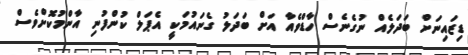
ޑިޒައިނަށް ބަދަލެއް ނުގެނެސް ހާޑްވެއާ އަށް ބަދަލު ގެނައުމަކީ އެޕަލް ކުންފުނި އާންމުކޮށްވެސް